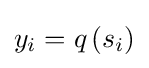
y_{i}=q\left(s_{i}\right)